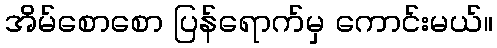
အိမ်စောစော ပြန်ရောက်မှ ကောင်းမယ်။